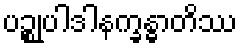
ပဉ္စုပါဒါနက္ခန္ဓာတိဿ